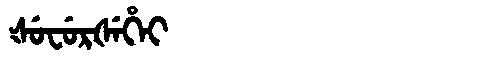
Manchu: ᡧᡠᠸᡠᡵᡧᡝᡥᡝᡳ
Romanization: ŠUFURŠEHEI